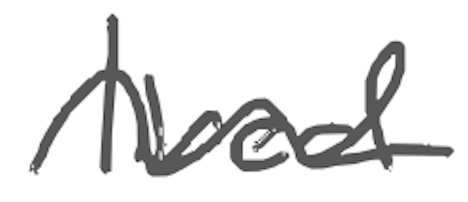
Text: lived
Cross-out: wave
Writing tool: digital_gray